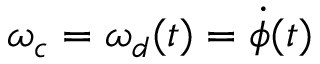
\omega _ { c } = \omega _ { d } ( t ) = \dot { \phi } ( t )